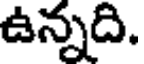
ఉన్నది.